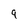
Character: 9